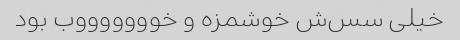
خیلی سس‌ش خوشمزه و خوووووووب بود